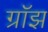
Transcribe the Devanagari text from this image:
ग्रॉझ